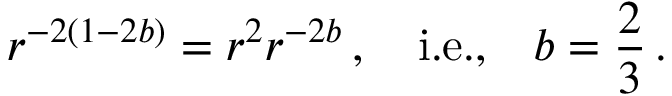
r ^ { - 2 ( 1 - 2 b ) } = r ^ { 2 } r ^ { - 2 b } \, , \quad \mathrm { i . e . , } \quad b = \frac 2 3 \, .